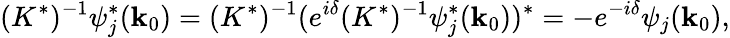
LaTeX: (K^{*})^{-1}\psi_{j}^{*}({\mathbf k}_{0})=(K^{*})^{-1}(e^{i\delta}(K^{*})^{-1}\psi_{j}^{*}({\mathbf k}_{0}))^{*}=-e^{-i\delta}\psi_{j}({\mathbf k}_{0}),